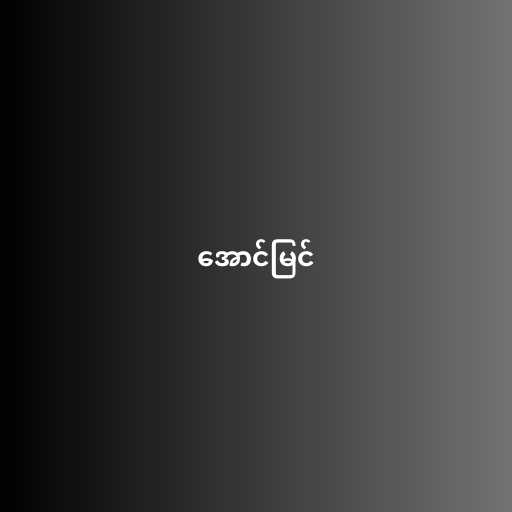
အောင်မြင်